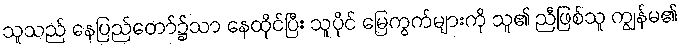
သူသည် နေပြည်တော်၌သာ နေထိုင်ပြီး သူပိုင် မြေကွက်များကို သူ၏ ညီဖြစ်သူ ကျွန်မ၏